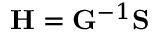
\mathbf { H } = \mathbf { G } ^ { - 1 } \mathbf { S }